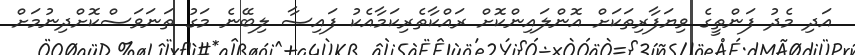
އަދި މެދު ފަންތީގެ ވިޔަފާރިތަކަށް އޮންލައިންކޮށް ރައްކާތެރިކަމާއެކު ފައިސާ ލިބޭނެ މަގު ތަނަވަސްކޮށްދިނުމަށް